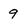
Character: 9